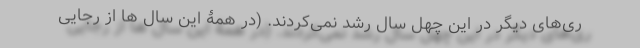
ری‌های دیگر در این چهل سال رشد نمی‌کردند. (در همۀ این سال ها از رجایی